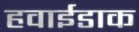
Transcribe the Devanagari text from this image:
हवाईडाक